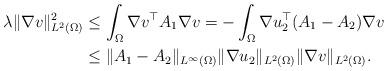
LaTeX: \begin{align*}\lambda\|\nabla v\|_{L^2(\Omega)}^2 &\leq \int_\Omega \nabla v^\top A_1\nabla v = -\int_\Omega\nabla u_2^\top(A_1-A_2)\nabla v\\&\leq \|A_1 - A_2\|_{L^\infty(\Omega)}\|\nabla u_2\|_{L^2(\Omega)}\|\nabla v\|_{L^2(\Omega)}.\end{align*}